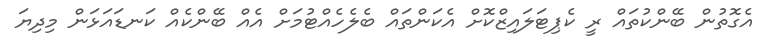
އެގޮތުން ބޭންކުތައް ރީ ކެޕިޓަލައިޒްކޮށް އެކަންތައް ބެލެހެއްޓުމަށް އެއް ބޭންކެއް ކަނޑައަޅަން މިދިޔަ